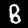
Digit: 8